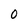
Character: O